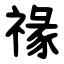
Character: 禒